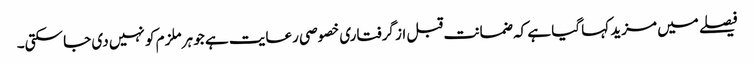
فیصلے میں مزید کہا گیا ہے کہ ضمانت قبل از گرفتاری خصوصی رعایت ہے جو ہر ملزم کو نہیں دی جا سکتی۔